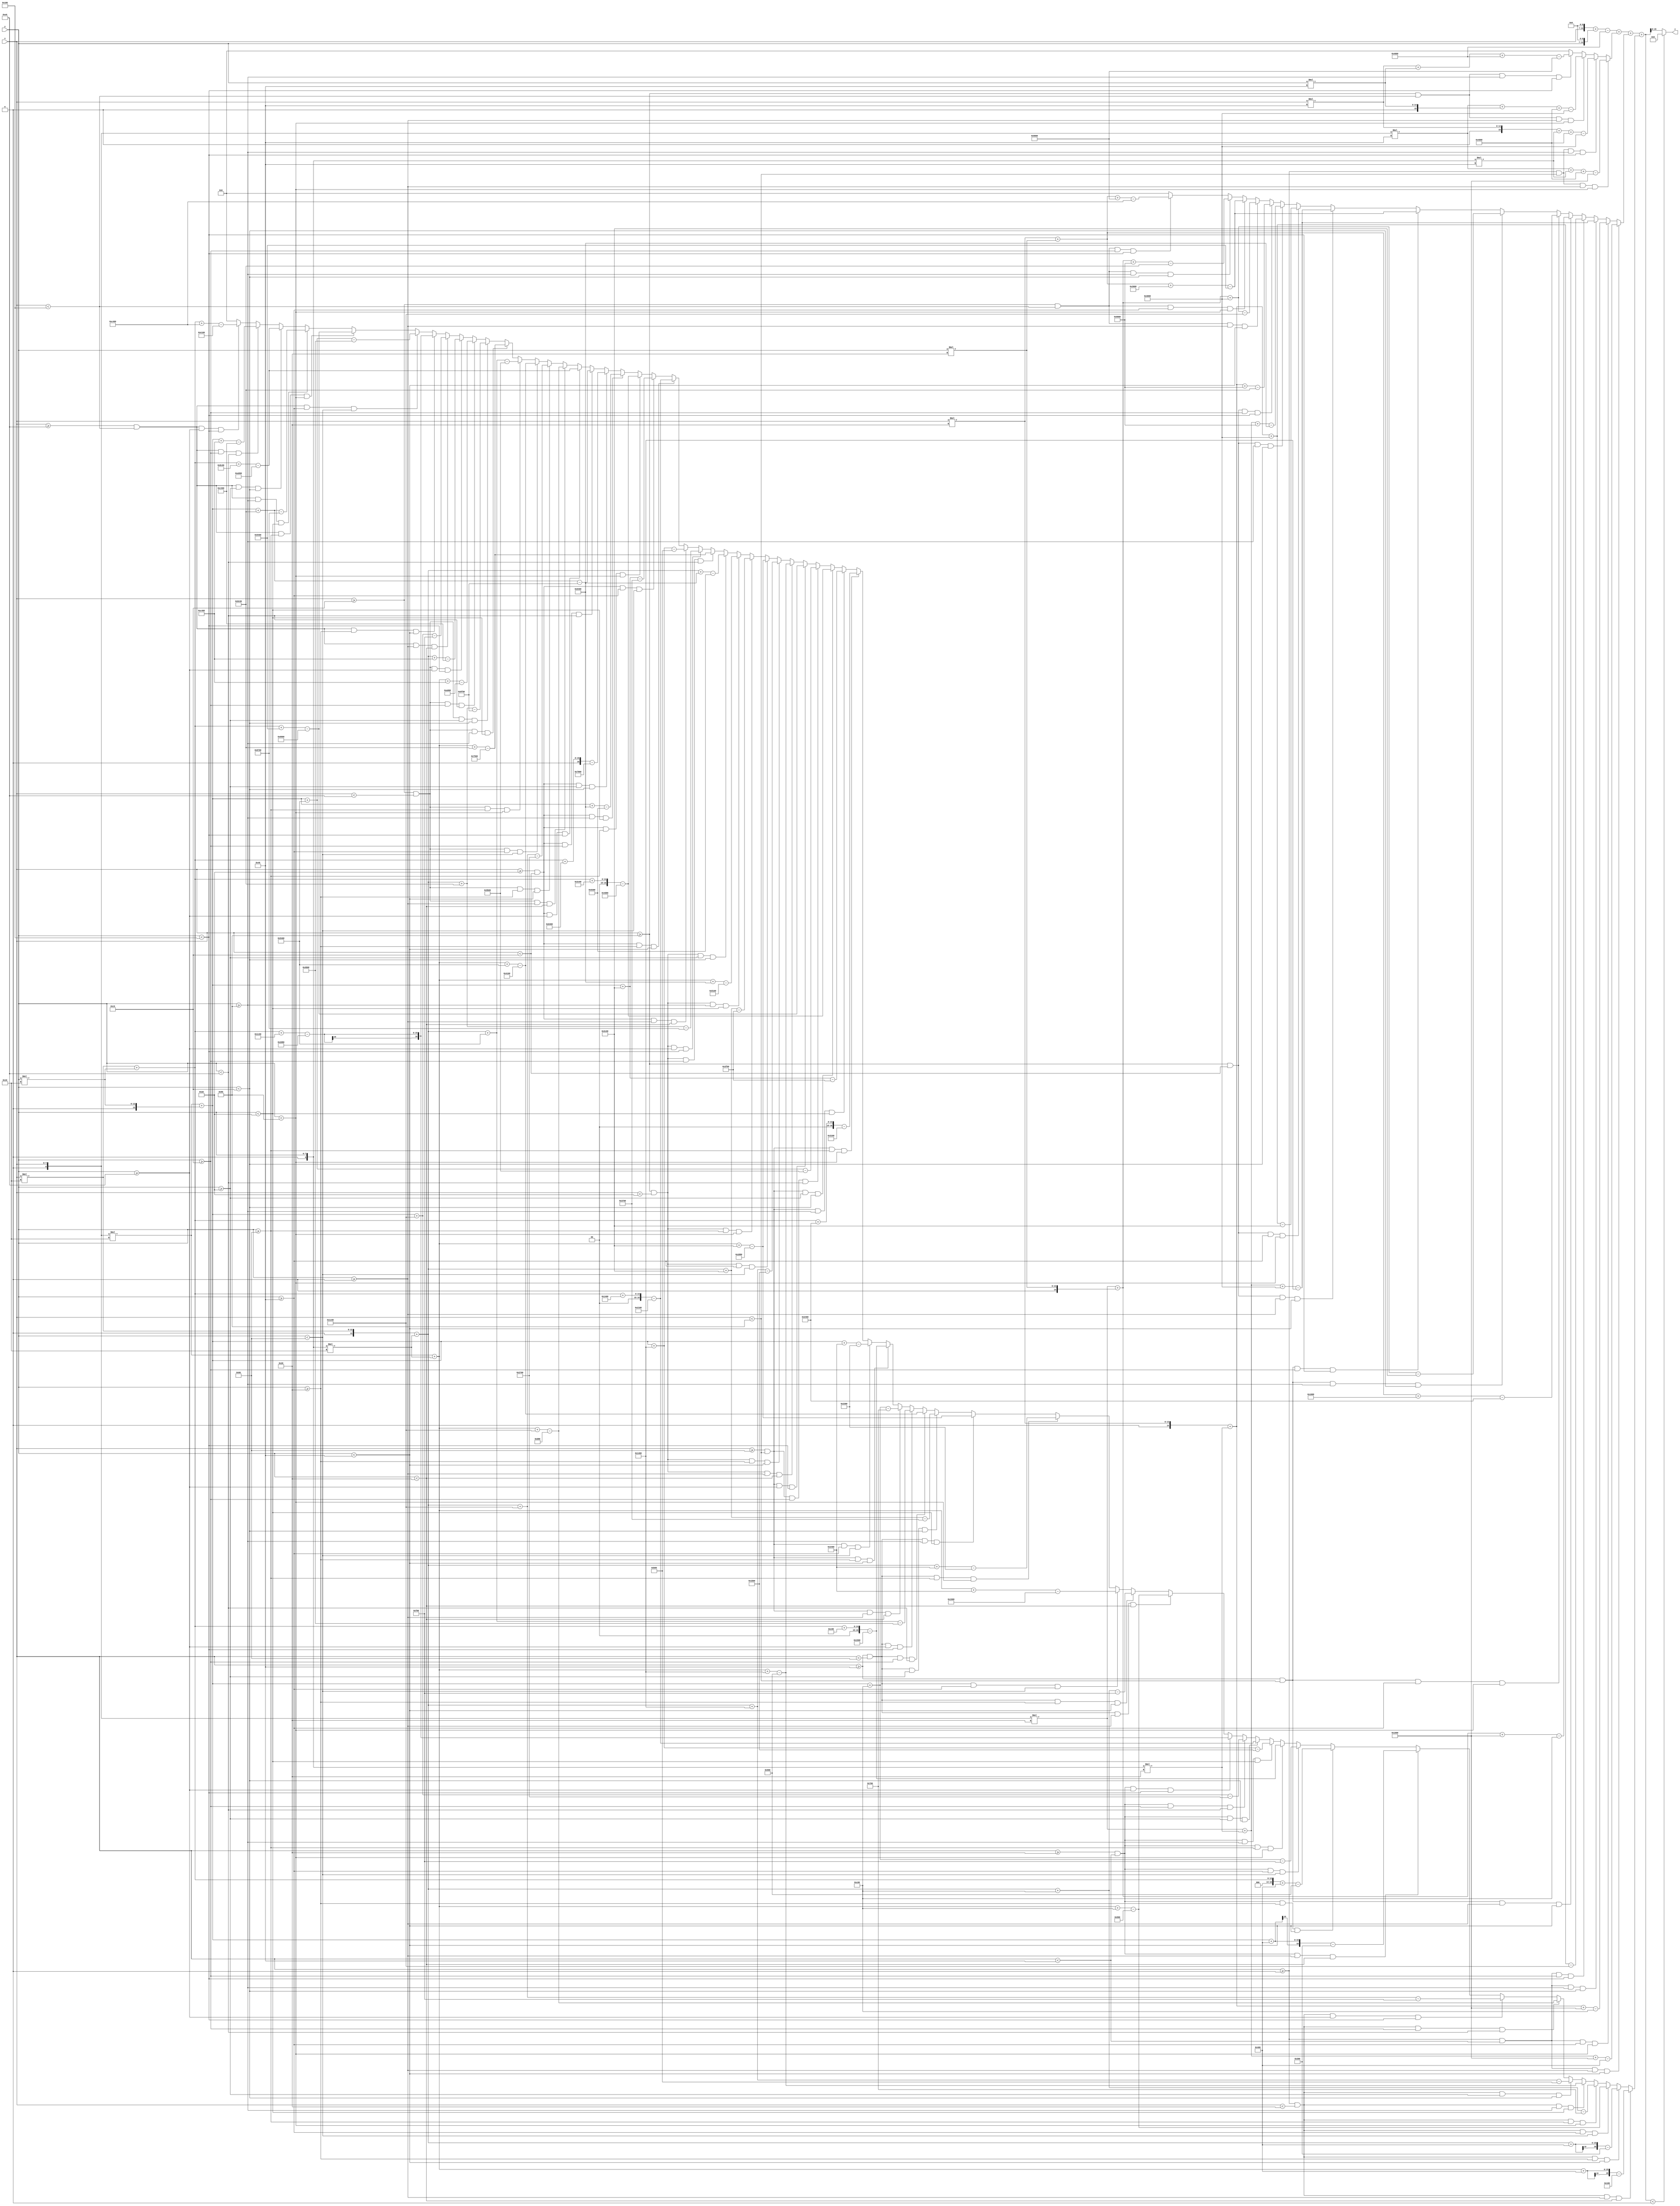
`timescale 1ns/1ps

module optimal3(
    input  [7:0]  x,
    input  [7:0]  y,
    output [15:0] z
);

wire [15:0] x0 = x << 7;
wire [15:0] y0 = y << 7;
wire signed [16:0] z0 = $signed(x0) + $signed(y0) - 16384;

wire [16:0] x_wire = x;
wire [16:0] y_wire = y;

wire signed [16:0] detz1 = (x>=0 && x<128 && y>=0 && y<128)? ($signed(x_wire))*(64-128)+($signed(y_wire))*(64-128)+128*128-64*64
: (x>=0 && x<128 && y>=128 && y<256)? ($signed(x_wire))*(192-128)+($signed(y_wire))*(64-128)+128*128-64*192
: (x>=128 && x<256 && y>=0 && y<128)? ($signed(x_wire))*(64-128)+($signed(y_wire))*(192-128)+128*128-192*64
: (x>=128 && x<256 && y>=128 && y<256)? ($signed(x_wire))*(192-128)+($signed(y_wire))*(192-128)+128*128-192*192
: 0;

wire signed [16:0] detz2 = (x>=0 && x<64 && y>=0 && y<64)? ($signed(x_wire))*(32-64)+($signed(y_wire))*(32-64)+64*64-32*32
: (x>=0 && x<64 && y>=64 && y<128)? ($signed(x_wire))*(96-64)+($signed(y_wire))*(32-64)+64*64-32*96
: (x>=0 && x<64 && y>=128 && y<192)? ($signed(x_wire))*(160-192)+($signed(y_wire))*(32-64)+64*192-32*160
: (x>=0 && x<64 && y>=192 && y<256)? ($signed(x_wire))*(224-192)+($signed(y_wire))*(32-64)+64*192-32*224
: (x>=64 && x<128 && y>=0 && y<64)? ($signed(x_wire))*(32-64)+($signed(y_wire))*(96-64)+64*64-96*32
: (x>=64 && x<128 && y>=64 && y<128)? ($signed(x_wire))*(96-64)+($signed(y_wire))*(96-64)+64*64-96*96
: (x>=64 && x<128 && y>=128 && y<192)? ($signed(x_wire))*(160-192)+($signed(y_wire))*(96-64)+64*192-96*160
: (x>=64 && x<128 && y>=192 && y<256)? ($signed(x_wire))*(224-192)+($signed(y_wire))*(96-64)+64*192-96*224
: (x>=128 && x<192 && y>=0 && y<64)? ($signed(x_wire))*(32-64)+($signed(y_wire))*(160-192)+192*64-160*32
: (x>=128 && x<192 && y>=64 && y<128)? ($signed(x_wire))*(96-64)+($signed(y_wire))*(160-192)+192*64-160*96
: (x>=128 && x<192 && y>=128 && y<192)? ($signed(x_wire))*(160-192)+($signed(y_wire))*(160-192)+192*192-160*160
: (x>=128 && x<192 && y>=192 && y<256)? ($signed(x_wire))*(224-192)+($signed(y_wire))*(160-192)+192*192-160*224
: (x>=192 && x<256 && y>=0 && y<64)? ($signed(x_wire))*(32-64)+($signed(y_wire))*(224-192)+192*64-224*32
: (x>=192 && x<256 && y>=64 && y<128)? ($signed(x_wire))*(96-64)+($signed(y_wire))*(224-192)+192*64-224*96
: (x>=192 && x<256 && y>=128 && y<192)? ($signed(x_wire))*(160-192)+($signed(y_wire))*(224-192)+192*192-224*160
: (x>=192 && x<256 && y>=192 && y<256)? ($signed(x_wire))*(224-192)+($signed(y_wire))*(224-192)+192*192-224*224
: 0;


wire signed [16:0] detz3 = (x>=0 && x<32 && y>=0 && y<32)? ($signed(x_wire))*(16-32)+($signed(y_wire))*(16-32)+32*32-16*16
: (x>=0 && x<32 && y>=32 && y<64)? ($signed(x_wire))*(48-32)+($signed(y_wire))*(16-32)+32*32-16*48
: (x>=0 && x<32 && y>=64 && y<96)? ($signed(x_wire))*(80-96)+($signed(y_wire))*(16-32)+32*96-16*80
: (x>=0 && x<32 && y>=96 && y<128)? ($signed(x_wire))*(112-96)+($signed(y_wire))*(16-32)+32*96-16*112
: (x>=0 && x<32 && y>=128 && y<160)? ($signed(x_wire))*(144-160)+($signed(y_wire))*(16-32)+32*160-16*144
: (x>=0 && x<32 && y>=160 && y<192)? ($signed(x_wire))*(176-160)+($signed(y_wire))*(16-32)+32*160-16*176
: (x>=0 && x<32 && y>=192 && y<224)? ($signed(x_wire))*(208-224)+($signed(y_wire))*(16-32)+32*224-16*208
: (x>=0 && x<32 && y>=224 && y<256)? ($signed(x_wire))*(240-224)+($signed(y_wire))*(16-32)+32*224-16*240
: (x>=32 && x<64 && y>=0 && y<32)? ($signed(x_wire))*(16-32)+($signed(y_wire))*(48-32)+32*32-48*16
: (x>=32 && x<64 && y>=32 && y<64)? ($signed(x_wire))*(48-32)+($signed(y_wire))*(48-32)+32*32-48*48
: (x>=32 && x<64 && y>=64 && y<96)? ($signed(x_wire))*(80-96)+($signed(y_wire))*(48-32)+32*96-48*80
: (x>=32 && x<64 && y>=96 && y<128)? ($signed(x_wire))*(112-96)+($signed(y_wire))*(48-32)+32*96-48*112
: (x>=32 && x<64 && y>=128 && y<160)? ($signed(x_wire))*(144-160)+($signed(y_wire))*(48-32)+32*160-48*144
: (x>=32 && x<64 && y>=160 && y<192)? ($signed(x_wire))*(176-160)+($signed(y_wire))*(48-32)+32*160-48*176
: (x>=32 && x<64 && y>=192 && y<224)? ($signed(x_wire))*(208-224)+($signed(y_wire))*(48-32)+32*224-48*208
: (x>=32 && x<64 && y>=224 && y<256)? ($signed(x_wire))*(240-224)+($signed(y_wire))*(48-32)+32*224-48*240
: (x>=64 && x<96 && y>=0 && y<32)? ($signed(x_wire))*(16-32)+($signed(y_wire))*(80-96)+96*32-80*16
: (x>=64 && x<96 && y>=32 && y<64)? ($signed(x_wire))*(48-32)+($signed(y_wire))*(80-96)+96*32-80*48
: (x>=64 && x<96 && y>=64 && y<96)? ($signed(x_wire))*(80-96)+($signed(y_wire))*(80-96)+96*96-80*80
: (x>=64 && x<96 && y>=96 && y<128)? ($signed(x_wire))*(112-96)+($signed(y_wire))*(80-96)+96*96-80*112
: (x>=64 && x<96 && y>=128 && y<160)? ($signed(x_wire))*(144-160)+($signed(y_wire))*(80-96)+96*160-80*144
: (x>=64 && x<96 && y>=160 && y<192)? ($signed(x_wire))*(176-160)+($signed(y_wire))*(80-96)+96*160-80*176
: (x>=64 && x<96 && y>=192 && y<224)? ($signed(x_wire))*(208-224)+($signed(y_wire))*(80-96)+96*224-80*208
: (x>=64 && x<96 && y>=224 && y<256)? ($signed(x_wire))*(240-224)+($signed(y_wire))*(80-96)+96*224-80*240
: (x>=96 && x<128 && y>=0 && y<32)? ($signed(x_wire))*(16-32)+($signed(y_wire))*(112-96)+96*32-112*16
: (x>=96 && x<128 && y>=32 && y<64)? ($signed(x_wire))*(48-32)+($signed(y_wire))*(112-96)+96*32-112*48
: (x>=96 && x<128 && y>=64 && y<96)? ($signed(x_wire))*(80-96)+($signed(y_wire))*(112-96)+96*96-112*80
: (x>=96 && x<128 && y>=96 && y<128)? ($signed(x_wire))*(112-96)+($signed(y_wire))*(112-96)+96*96-112*112
: (x>=96 && x<128 && y>=128 && y<160)? ($signed(x_wire))*(144-160)+($signed(y_wire))*(112-96)+96*160-112*144
: (x>=96 && x<128 && y>=160 && y<192)? ($signed(x_wire))*(176-160)+($signed(y_wire))*(112-96)+96*160-112*176
: (x>=96 && x<128 && y>=192 && y<224)? ($signed(x_wire))*(208-224)+($signed(y_wire))*(112-96)+96*224-112*208
: (x>=96 && x<128 && y>=224 && y<256)? ($signed(x_wire))*(240-224)+($signed(y_wire))*(112-96)+96*224-112*240
: (x>=128 && x<160 && y>=0 && y<32)? ($signed(x_wire))*(16-32)+($signed(y_wire))*(144-160)+160*32-144*16
: (x>=128 && x<160 && y>=32 && y<64)? ($signed(x_wire))*(48-32)+($signed(y_wire))*(144-160)+160*32-144*48
: (x>=128 && x<160 && y>=64 && y<96)? ($signed(x_wire))*(80-96)+($signed(y_wire))*(144-160)+160*96-144*80
: (x>=128 && x<160 && y>=96 && y<128)? ($signed(x_wire))*(112-96)+($signed(y_wire))*(144-160)+160*96-144*112
: (x>=128 && x<160 && y>=128 && y<160)? ($signed(x_wire))*(144-160)+($signed(y_wire))*(144-160)+160*160-144*144
: (x>=128 && x<160 && y>=160 && y<192)? ($signed(x_wire))*(176-160)+($signed(y_wire))*(144-160)+160*160-144*176
: (x>=128 && x<160 && y>=192 && y<224)? ($signed(x_wire))*(208-224)+($signed(y_wire))*(144-160)+160*224-144*208
: (x>=128 && x<160 && y>=224 && y<256)? ($signed(x_wire))*(240-224)+($signed(y_wire))*(144-160)+160*224-144*240
: (x>=160 && x<192 && y>=0 && y<32)? ($signed(x_wire))*(16-32)+($signed(y_wire))*(176-160)+160*32-176*16
: (x>=160 && x<192 && y>=32 && y<64)? ($signed(x_wire))*(48-32)+($signed(y_wire))*(176-160)+160*32-176*48
: (x>=160 && x<192 && y>=64 && y<96)? ($signed(x_wire))*(80-96)+($signed(y_wire))*(176-160)+160*96-176*80
: (x>=160 && x<192 && y>=96 && y<128)? ($signed(x_wire))*(112-96)+($signed(y_wire))*(176-160)+160*96-176*112
: (x>=160 && x<192 && y>=128 && y<160)? ($signed(x_wire))*(144-160)+($signed(y_wire))*(176-160)+160*160-176*144
: (x>=160 && x<192 && y>=160 && y<192)? ($signed(x_wire))*(176-160)+($signed(y_wire))*(176-160)+160*160-176*176
: (x>=160 && x<192 && y>=192 && y<224)? ($signed(x_wire))*(208-224)+($signed(y_wire))*(176-160)+160*224-176*208
: (x>=160 && x<192 && y>=224 && y<256)? ($signed(x_wire))*(240-224)+($signed(y_wire))*(176-160)+160*224-176*240
: (x>=192 && x<224 && y>=0 && y<32)? ($signed(x_wire))*(16-32)+($signed(y_wire))*(208-224)+224*32-208*16
: (x>=192 && x<224 && y>=32 && y<64)? ($signed(x_wire))*(48-32)+($signed(y_wire))*(208-224)+224*32-208*48
: (x>=192 && x<224 && y>=64 && y<96)? ($signed(x_wire))*(80-96)+($signed(y_wire))*(208-224)+224*96-208*80
: (x>=192 && x<224 && y>=96 && y<128)? ($signed(x_wire))*(112-96)+($signed(y_wire))*(208-224)+224*96-208*112
: (x>=192 && x<224 && y>=128 && y<160)? ($signed(x_wire))*(144-160)+($signed(y_wire))*(208-224)+224*160-208*144
: (x>=192 && x<224 && y>=160 && y<192)? ($signed(x_wire))*(176-160)+($signed(y_wire))*(208-224)+224*160-208*176
: (x>=192 && x<224 && y>=192 && y<224)? ($signed(x_wire))*(208-224)+($signed(y_wire))*(208-224)+224*224-208*208
: (x>=192 && x<224 && y>=224 && y<256)? ($signed(x_wire))*(240-224)+($signed(y_wire))*(208-224)+224*224-208*240
: (x>=224 && x<256 && y>=0 && y<32)? ($signed(x_wire))*(16-32)+($signed(y_wire))*(240-224)+224*32-240*16
: (x>=224 && x<256 && y>=32 && y<64)? ($signed(x_wire))*(48-32)+($signed(y_wire))*(240-224)+224*32-240*48
: (x>=224 && x<256 && y>=64 && y<96)? ($signed(x_wire))*(80-96)+($signed(y_wire))*(240-224)+224*96-240*80
: (x>=224 && x<256 && y>=96 && y<128)? ($signed(x_wire))*(112-96)+($signed(y_wire))*(240-224)+224*96-240*112
: (x>=224 && x<256 && y>=128 && y<160)? ($signed(x_wire))*(144-160)+($signed(y_wire))*(240-224)+224*160-240*144
: (x>=224 && x<256 && y>=160 && y<192)? ($signed(x_wire))*(176-160)+($signed(y_wire))*(240-224)+224*160-240*176
: (x>=224 && x<256 && y>=192 && y<224)? ($signed(x_wire))*(208-224)+($signed(y_wire))*(240-224)+224*224-240*208
: (x>=224 && x<256 && y>=224 && y<256)? ($signed(x_wire))*(240-224)+($signed(y_wire))*(240-224)+224*224-240*240
: 0;

wire signed [16:0] detz4 = (x>=0 && x<16 && y>=0 && y<16)? ($signed(x_wire))*(8-16)+($signed(y_wire))*(8-16)+16*16-8*8
: (x>=0 && x<16 && y>=16 && y<32)? ($signed(x_wire))*(24-16)+($signed(y_wire))*(8-16)+16*16-8*24
: (x>=0 && x<16 && y>=32 && y<48)? ($signed(x_wire))*(40-48)+($signed(y_wire))*(8-16)+16*48-8*40
: (x>=0 && x<16 && y>=48 && y<64)? ($signed(x_wire))*(56-48)+($signed(y_wire))*(8-16)+16*48-8*56
: (x>=0 && x<16 && y>=64 && y<80)? ($signed(x_wire))*(72-80)+($signed(y_wire))*(8-16)+16*80-8*72
: (x>=0 && x<16 && y>=80 && y<96)? ($signed(x_wire))*(88-80)+($signed(y_wire))*(8-16)+16*80-8*88
: (x>=0 && x<16 && y>=96 && y<112)? ($signed(x_wire))*(104-112)+($signed(y_wire))*(8-16)+16*112-8*104
: (x>=0 && x<16 && y>=112 && y<128)? ($signed(x_wire))*(120-112)+($signed(y_wire))*(8-16)+16*112-8*120
: (x>=0 && x<16 && y>=128 && y<144)? ($signed(x_wire))*(136-144)+($signed(y_wire))*(8-16)+16*144-8*136
: (x>=0 && x<16 && y>=144 && y<160)? ($signed(x_wire))*(152-144)+($signed(y_wire))*(8-16)+16*144-8*152
: (x>=0 && x<16 && y>=160 && y<176)? ($signed(x_wire))*(168-176)+($signed(y_wire))*(8-16)+16*176-8*168
: (x>=0 && x<16 && y>=176 && y<192)? ($signed(x_wire))*(184-176)+($signed(y_wire))*(8-16)+16*176-8*184
: (x>=0 && x<16 && y>=192 && y<208)? ($signed(x_wire))*(200-208)+($signed(y_wire))*(8-16)+16*208-8*200
: (x>=0 && x<16 && y>=208 && y<224)? ($signed(x_wire))*(216-208)+($signed(y_wire))*(8-16)+16*208-8*216
: (x>=0 && x<16 && y>=224 && y<240)? ($signed(x_wire))*(232-240)+($signed(y_wire))*(8-16)+16*240-8*232
: (x>=0 && x<16 && y>=240 && y<256)? ($signed(x_wire))*(248-240)+($signed(y_wire))*(8-16)+16*240-8*248
: (x>=16 && x<32 && y>=0 && y<16)? ($signed(x_wire))*(8-16)+($signed(y_wire))*(24-16)+16*16-24*8
: (x>=16 && x<32 && y>=16 && y<32)? ($signed(x_wire))*(24-16)+($signed(y_wire))*(24-16)+16*16-24*24
: (x>=16 && x<32 && y>=32 && y<48)? ($signed(x_wire))*(40-48)+($signed(y_wire))*(24-16)+16*48-24*40
: (x>=16 && x<32 && y>=48 && y<64)? ($signed(x_wire))*(56-48)+($signed(y_wire))*(24-16)+16*48-24*56
: (x>=16 && x<32 && y>=64 && y<80)? ($signed(x_wire))*(72-80)+($signed(y_wire))*(24-16)+16*80-24*72
: (x>=16 && x<32 && y>=80 && y<96)? ($signed(x_wire))*(88-80)+($signed(y_wire))*(24-16)+16*80-24*88
: (x>=16 && x<32 && y>=96 && y<112)? ($signed(x_wire))*(104-112)+($signed(y_wire))*(24-16)+16*112-24*104
: (x>=16 && x<32 && y>=112 && y<128)? ($signed(x_wire))*(120-112)+($signed(y_wire))*(24-16)+16*112-24*120
: (x>=16 && x<32 && y>=128 && y<144)? ($signed(x_wire))*(136-144)+($signed(y_wire))*(24-16)+16*144-24*136
: (x>=16 && x<32 && y>=144 && y<160)? ($signed(x_wire))*(152-144)+($signed(y_wire))*(24-16)+16*144-24*152
: (x>=16 && x<32 && y>=160 && y<176)? ($signed(x_wire))*(168-176)+($signed(y_wire))*(24-16)+16*176-24*168
: (x>=16 && x<32 && y>=176 && y<192)? ($signed(x_wire))*(184-176)+($signed(y_wire))*(24-16)+16*176-24*184
: (x>=16 && x<32 && y>=192 && y<208)? ($signed(x_wire))*(200-208)+($signed(y_wire))*(24-16)+16*208-24*200
: (x>=16 && x<32 && y>=208 && y<224)? ($signed(x_wire))*(216-208)+($signed(y_wire))*(24-16)+16*208-24*216
: (x>=16 && x<32 && y>=224 && y<240)? ($signed(x_wire))*(232-240)+($signed(y_wire))*(24-16)+16*240-24*232
: (x>=16 && x<32 && y>=240 && y<256)? ($signed(x_wire))*(248-240)+($signed(y_wire))*(24-16)+16*240-24*248
: (x>=32 && x<48 && y>=0 && y<16)? ($signed(x_wire))*(8-16)+($signed(y_wire))*(40-48)+48*16-40*8
: (x>=32 && x<48 && y>=16 && y<32)? ($signed(x_wire))*(24-16)+($signed(y_wire))*(40-48)+48*16-40*24
: (x>=32 && x<48 && y>=32 && y<48)? ($signed(x_wire))*(40-48)+($signed(y_wire))*(40-48)+48*48-40*40
: (x>=32 && x<48 && y>=48 && y<64)? ($signed(x_wire))*(56-48)+($signed(y_wire))*(40-48)+48*48-40*56
: (x>=32 && x<48 && y>=64 && y<80)? ($signed(x_wire))*(72-80)+($signed(y_wire))*(40-48)+48*80-40*72
: (x>=32 && x<48 && y>=80 && y<96)? ($signed(x_wire))*(88-80)+($signed(y_wire))*(40-48)+48*80-40*88
: (x>=32 && x<48 && y>=96 && y<112)? ($signed(x_wire))*(104-112)+($signed(y_wire))*(40-48)+48*112-40*104
: (x>=32 && x<48 && y>=112 && y<128)? ($signed(x_wire))*(120-112)+($signed(y_wire))*(40-48)+48*112-40*120
: (x>=32 && x<48 && y>=128 && y<144)? ($signed(x_wire))*(136-144)+($signed(y_wire))*(40-48)+48*144-40*136
: (x>=32 && x<48 && y>=144 && y<160)? ($signed(x_wire))*(152-144)+($signed(y_wire))*(40-48)+48*144-40*152
: (x>=32 && x<48 && y>=160 && y<176)? ($signed(x_wire))*(168-176)+($signed(y_wire))*(40-48)+48*176-40*168
: (x>=32 && x<48 && y>=176 && y<192)? ($signed(x_wire))*(184-176)+($signed(y_wire))*(40-48)+48*176-40*184
: (x>=32 && x<48 && y>=192 && y<208)? ($signed(x_wire))*(200-208)+($signed(y_wire))*(40-48)+48*208-40*200
: (x>=32 && x<48 && y>=208 && y<224)? ($signed(x_wire))*(216-208)+($signed(y_wire))*(40-48)+48*208-40*216
: (x>=32 && x<48 && y>=224 && y<240)? ($signed(x_wire))*(232-240)+($signed(y_wire))*(40-48)+48*240-40*232
: (x>=32 && x<48 && y>=240 && y<256)? ($signed(x_wire))*(248-240)+($signed(y_wire))*(40-48)+48*240-40*248
: (x>=48 && x<64 && y>=0 && y<16)? ($signed(x_wire))*(8-16)+($signed(y_wire))*(56-48)+48*16-56*8
: (x>=48 && x<64 && y>=16 && y<32)? ($signed(x_wire))*(24-16)+($signed(y_wire))*(56-48)+48*16-56*24
: (x>=48 && x<64 && y>=32 && y<48)? ($signed(x_wire))*(40-48)+($signed(y_wire))*(56-48)+48*48-56*40
: (x>=48 && x<64 && y>=48 && y<64)? ($signed(x_wire))*(56-48)+($signed(y_wire))*(56-48)+48*48-56*56
: (x>=48 && x<64 && y>=64 && y<80)? ($signed(x_wire))*(72-80)+($signed(y_wire))*(56-48)+48*80-56*72
: (x>=48 && x<64 && y>=80 && y<96)? ($signed(x_wire))*(88-80)+($signed(y_wire))*(56-48)+48*80-56*88
: (x>=48 && x<64 && y>=96 && y<112)? ($signed(x_wire))*(104-112)+($signed(y_wire))*(56-48)+48*112-56*104
: (x>=48 && x<64 && y>=112 && y<128)? ($signed(x_wire))*(120-112)+($signed(y_wire))*(56-48)+48*112-56*120
: (x>=48 && x<64 && y>=128 && y<144)? ($signed(x_wire))*(136-144)+($signed(y_wire))*(56-48)+48*144-56*136
: (x>=48 && x<64 && y>=144 && y<160)? ($signed(x_wire))*(152-144)+($signed(y_wire))*(56-48)+48*144-56*152
: (x>=48 && x<64 && y>=160 && y<176)? ($signed(x_wire))*(168-176)+($signed(y_wire))*(56-48)+48*176-56*168
: (x>=48 && x<64 && y>=176 && y<192)? ($signed(x_wire))*(184-176)+($signed(y_wire))*(56-48)+48*176-56*184
: (x>=48 && x<64 && y>=192 && y<208)? ($signed(x_wire))*(200-208)+($signed(y_wire))*(56-48)+48*208-56*200
: (x>=48 && x<64 && y>=208 && y<224)? ($signed(x_wire))*(216-208)+($signed(y_wire))*(56-48)+48*208-56*216
: (x>=48 && x<64 && y>=224 && y<240)? ($signed(x_wire))*(232-240)+($signed(y_wire))*(56-48)+48*240-56*232
: (x>=48 && x<64 && y>=240 && y<256)? ($signed(x_wire))*(248-240)+($signed(y_wire))*(56-48)+48*240-56*248
: (x>=64 && x<80 && y>=0 && y<16)? ($signed(x_wire))*(8-16)+($signed(y_wire))*(72-80)+80*16-72*8
: (x>=64 && x<80 && y>=16 && y<32)? ($signed(x_wire))*(24-16)+($signed(y_wire))*(72-80)+80*16-72*24
: (x>=64 && x<80 && y>=32 && y<48)? ($signed(x_wire))*(40-48)+($signed(y_wire))*(72-80)+80*48-72*40
: (x>=64 && x<80 && y>=48 && y<64)? ($signed(x_wire))*(56-48)+($signed(y_wire))*(72-80)+80*48-72*56
: (x>=64 && x<80 && y>=64 && y<80)? ($signed(x_wire))*(72-80)+($signed(y_wire))*(72-80)+80*80-72*72
: (x>=64 && x<80 && y>=80 && y<96)? ($signed(x_wire))*(88-80)+($signed(y_wire))*(72-80)+80*80-72*88
: (x>=64 && x<80 && y>=96 && y<112)? ($signed(x_wire))*(104-112)+($signed(y_wire))*(72-80)+80*112-72*104
: (x>=64 && x<80 && y>=112 && y<128)? ($signed(x_wire))*(120-112)+($signed(y_wire))*(72-80)+80*112-72*120
: (x>=64 && x<80 && y>=128 && y<144)? ($signed(x_wire))*(136-144)+($signed(y_wire))*(72-80)+80*144-72*136
: (x>=64 && x<80 && y>=144 && y<160)? ($signed(x_wire))*(152-144)+($signed(y_wire))*(72-80)+80*144-72*152
: (x>=64 && x<80 && y>=160 && y<176)? ($signed(x_wire))*(168-176)+($signed(y_wire))*(72-80)+80*176-72*168
: (x>=64 && x<80 && y>=176 && y<192)? ($signed(x_wire))*(184-176)+($signed(y_wire))*(72-80)+80*176-72*184
: (x>=64 && x<80 && y>=192 && y<208)? ($signed(x_wire))*(200-208)+($signed(y_wire))*(72-80)+80*208-72*200
: (x>=64 && x<80 && y>=208 && y<224)? ($signed(x_wire))*(216-208)+($signed(y_wire))*(72-80)+80*208-72*216
: (x>=64 && x<80 && y>=224 && y<240)? ($signed(x_wire))*(232-240)+($signed(y_wire))*(72-80)+80*240-72*232
: (x>=64 && x<80 && y>=240 && y<256)? ($signed(x_wire))*(248-240)+($signed(y_wire))*(72-80)+80*240-72*248
: (x>=80 && x<96 && y>=0 && y<16)? ($signed(x_wire))*(8-16)+($signed(y_wire))*(88-80)+80*16-88*8
: (x>=80 && x<96 && y>=16 && y<32)? ($signed(x_wire))*(24-16)+($signed(y_wire))*(88-80)+80*16-88*24
: (x>=80 && x<96 && y>=32 && y<48)? ($signed(x_wire))*(40-48)+($signed(y_wire))*(88-80)+80*48-88*40
: (x>=80 && x<96 && y>=48 && y<64)? ($signed(x_wire))*(56-48)+($signed(y_wire))*(88-80)+80*48-88*56
: (x>=80 && x<96 && y>=64 && y<80)? ($signed(x_wire))*(72-80)+($signed(y_wire))*(88-80)+80*80-88*72
: (x>=80 && x<96 && y>=80 && y<96)? ($signed(x_wire))*(88-80)+($signed(y_wire))*(88-80)+80*80-88*88
: (x>=80 && x<96 && y>=96 && y<112)? ($signed(x_wire))*(104-112)+($signed(y_wire))*(88-80)+80*112-88*104
: (x>=80 && x<96 && y>=112 && y<128)? ($signed(x_wire))*(120-112)+($signed(y_wire))*(88-80)+80*112-88*120
: (x>=80 && x<96 && y>=128 && y<144)? ($signed(x_wire))*(136-144)+($signed(y_wire))*(88-80)+80*144-88*136
: (x>=80 && x<96 && y>=144 && y<160)? ($signed(x_wire))*(152-144)+($signed(y_wire))*(88-80)+80*144-88*152
: (x>=80 && x<96 && y>=160 && y<176)? ($signed(x_wire))*(168-176)+($signed(y_wire))*(88-80)+80*176-88*168
: (x>=80 && x<96 && y>=176 && y<192)? ($signed(x_wire))*(184-176)+($signed(y_wire))*(88-80)+80*176-88*184
: (x>=80 && x<96 && y>=192 && y<208)? ($signed(x_wire))*(200-208)+($signed(y_wire))*(88-80)+80*208-88*200
: (x>=80 && x<96 && y>=208 && y<224)? ($signed(x_wire))*(216-208)+($signed(y_wire))*(88-80)+80*208-88*216
: (x>=80 && x<96 && y>=224 && y<240)? ($signed(x_wire))*(232-240)+($signed(y_wire))*(88-80)+80*240-88*232
: (x>=80 && x<96 && y>=240 && y<256)? ($signed(x_wire))*(248-240)+($signed(y_wire))*(88-80)+80*240-88*248
: (x>=96 && x<112 && y>=0 && y<16)? ($signed(x_wire))*(8-16)+($signed(y_wire))*(104-112)+112*16-104*8
: (x>=96 && x<112 && y>=16 && y<32)? ($signed(x_wire))*(24-16)+($signed(y_wire))*(104-112)+112*16-104*24
: (x>=96 && x<112 && y>=32 && y<48)? ($signed(x_wire))*(40-48)+($signed(y_wire))*(104-112)+112*48-104*40
: (x>=96 && x<112 && y>=48 && y<64)? ($signed(x_wire))*(56-48)+($signed(y_wire))*(104-112)+112*48-104*56
: (x>=96 && x<112 && y>=64 && y<80)? ($signed(x_wire))*(72-80)+($signed(y_wire))*(104-112)+112*80-104*72
: (x>=96 && x<112 && y>=80 && y<96)? ($signed(x_wire))*(88-80)+($signed(y_wire))*(104-112)+112*80-104*88
: (x>=96 && x<112 && y>=96 && y<112)? ($signed(x_wire))*(104-112)+($signed(y_wire))*(104-112)+112*112-104*104
: (x>=96 && x<112 && y>=112 && y<128)? ($signed(x_wire))*(120-112)+($signed(y_wire))*(104-112)+112*112-104*120
: (x>=96 && x<112 && y>=128 && y<144)? ($signed(x_wire))*(136-144)+($signed(y_wire))*(104-112)+112*144-104*136
: (x>=96 && x<112 && y>=144 && y<160)? ($signed(x_wire))*(152-144)+($signed(y_wire))*(104-112)+112*144-104*152
: (x>=96 && x<112 && y>=160 && y<176)? ($signed(x_wire))*(168-176)+($signed(y_wire))*(104-112)+112*176-104*168
: (x>=96 && x<112 && y>=176 && y<192)? ($signed(x_wire))*(184-176)+($signed(y_wire))*(104-112)+112*176-104*184
: (x>=96 && x<112 && y>=192 && y<208)? ($signed(x_wire))*(200-208)+($signed(y_wire))*(104-112)+112*208-104*200
: (x>=96 && x<112 && y>=208 && y<224)? ($signed(x_wire))*(216-208)+($signed(y_wire))*(104-112)+112*208-104*216
: (x>=96 && x<112 && y>=224 && y<240)? ($signed(x_wire))*(232-240)+($signed(y_wire))*(104-112)+112*240-104*232
: (x>=96 && x<112 && y>=240 && y<256)? ($signed(x_wire))*(248-240)+($signed(y_wire))*(104-112)+112*240-104*248
: (x>=112 && x<128 && y>=0 && y<16)? ($signed(x_wire))*(8-16)+($signed(y_wire))*(120-112)+112*16-120*8
: (x>=112 && x<128 && y>=16 && y<32)? ($signed(x_wire))*(24-16)+($signed(y_wire))*(120-112)+112*16-120*24
: (x>=112 && x<128 && y>=32 && y<48)? ($signed(x_wire))*(40-48)+($signed(y_wire))*(120-112)+112*48-120*40
: (x>=112 && x<128 && y>=48 && y<64)? ($signed(x_wire))*(56-48)+($signed(y_wire))*(120-112)+112*48-120*56
: (x>=112 && x<128 && y>=64 && y<80)? ($signed(x_wire))*(72-80)+($signed(y_wire))*(120-112)+112*80-120*72
: (x>=112 && x<128 && y>=80 && y<96)? ($signed(x_wire))*(88-80)+($signed(y_wire))*(120-112)+112*80-120*88
: (x>=112 && x<128 && y>=96 && y<112)? ($signed(x_wire))*(104-112)+($signed(y_wire))*(120-112)+112*112-120*104
: (x>=112 && x<128 && y>=112 && y<128)? ($signed(x_wire))*(120-112)+($signed(y_wire))*(120-112)+112*112-120*120
: (x>=112 && x<128 && y>=128 && y<144)? ($signed(x_wire))*(136-144)+($signed(y_wire))*(120-112)+112*144-120*136
: (x>=112 && x<128 && y>=144 && y<160)? ($signed(x_wire))*(152-144)+($signed(y_wire))*(120-112)+112*144-120*152
: (x>=112 && x<128 && y>=160 && y<176)? ($signed(x_wire))*(168-176)+($signed(y_wire))*(120-112)+112*176-120*168
: (x>=112 && x<128 && y>=176 && y<192)? ($signed(x_wire))*(184-176)+($signed(y_wire))*(120-112)+112*176-120*184
: (x>=112 && x<128 && y>=192 && y<208)? ($signed(x_wire))*(200-208)+($signed(y_wire))*(120-112)+112*208-120*200
: (x>=112 && x<128 && y>=208 && y<224)? ($signed(x_wire))*(216-208)+($signed(y_wire))*(120-112)+112*208-120*216
: (x>=112 && x<128 && y>=224 && y<240)? ($signed(x_wire))*(232-240)+($signed(y_wire))*(120-112)+112*240-120*232
: (x>=112 && x<128 && y>=240 && y<256)? ($signed(x_wire))*(248-240)+($signed(y_wire))*(120-112)+112*240-120*248
: (x>=128 && x<144 && y>=0 && y<16)? ($signed(x_wire))*(8-16)+($signed(y_wire))*(136-144)+144*16-136*8
: (x>=128 && x<144 && y>=16 && y<32)? ($signed(x_wire))*(24-16)+($signed(y_wire))*(136-144)+144*16-136*24
: (x>=128 && x<144 && y>=32 && y<48)? ($signed(x_wire))*(40-48)+($signed(y_wire))*(136-144)+144*48-136*40
: (x>=128 && x<144 && y>=48 && y<64)? ($signed(x_wire))*(56-48)+($signed(y_wire))*(136-144)+144*48-136*56
: (x>=128 && x<144 && y>=64 && y<80)? ($signed(x_wire))*(72-80)+($signed(y_wire))*(136-144)+144*80-136*72
: (x>=128 && x<144 && y>=80 && y<96)? ($signed(x_wire))*(88-80)+($signed(y_wire))*(136-144)+144*80-136*88
: (x>=128 && x<144 && y>=96 && y<112)? ($signed(x_wire))*(104-112)+($signed(y_wire))*(136-144)+144*112-136*104
: (x>=128 && x<144 && y>=112 && y<128)? ($signed(x_wire))*(120-112)+($signed(y_wire))*(136-144)+144*112-136*120
: (x>=128 && x<144 && y>=128 && y<144)? ($signed(x_wire))*(136-144)+($signed(y_wire))*(136-144)+144*144-136*136
: (x>=128 && x<144 && y>=144 && y<160)? ($signed(x_wire))*(152-144)+($signed(y_wire))*(136-144)+144*144-136*152
: (x>=128 && x<144 && y>=160 && y<176)? ($signed(x_wire))*(168-176)+($signed(y_wire))*(136-144)+144*176-136*168
: (x>=128 && x<144 && y>=176 && y<192)? ($signed(x_wire))*(184-176)+($signed(y_wire))*(136-144)+144*176-136*184
: (x>=128 && x<144 && y>=192 && y<208)? ($signed(x_wire))*(200-208)+($signed(y_wire))*(136-144)+144*208-136*200
: (x>=128 && x<144 && y>=208 && y<224)? ($signed(x_wire))*(216-208)+($signed(y_wire))*(136-144)+144*208-136*216
: (x>=128 && x<144 && y>=224 && y<240)? ($signed(x_wire))*(232-240)+($signed(y_wire))*(136-144)+144*240-136*232
: (x>=128 && x<144 && y>=240 && y<256)? ($signed(x_wire))*(248-240)+($signed(y_wire))*(136-144)+144*240-136*248
: (x>=144 && x<160 && y>=0 && y<16)? ($signed(x_wire))*(8-16)+($signed(y_wire))*(152-144)+144*16-152*8
: (x>=144 && x<160 && y>=16 && y<32)? ($signed(x_wire))*(24-16)+($signed(y_wire))*(152-144)+144*16-152*24
: (x>=144 && x<160 && y>=32 && y<48)? ($signed(x_wire))*(40-48)+($signed(y_wire))*(152-144)+144*48-152*40
: (x>=144 && x<160 && y>=48 && y<64)? ($signed(x_wire))*(56-48)+($signed(y_wire))*(152-144)+144*48-152*56
: (x>=144 && x<160 && y>=64 && y<80)? ($signed(x_wire))*(72-80)+($signed(y_wire))*(152-144)+144*80-152*72
: (x>=144 && x<160 && y>=80 && y<96)? ($signed(x_wire))*(88-80)+($signed(y_wire))*(152-144)+144*80-152*88
: (x>=144 && x<160 && y>=96 && y<112)? ($signed(x_wire))*(104-112)+($signed(y_wire))*(152-144)+144*112-152*104
: (x>=144 && x<160 && y>=112 && y<128)? ($signed(x_wire))*(120-112)+($signed(y_wire))*(152-144)+144*112-152*120
: (x>=144 && x<160 && y>=128 && y<144)? ($signed(x_wire))*(136-144)+($signed(y_wire))*(152-144)+144*144-152*136
: (x>=144 && x<160 && y>=144 && y<160)? ($signed(x_wire))*(152-144)+($signed(y_wire))*(152-144)+144*144-152*152
: (x>=144 && x<160 && y>=160 && y<176)? ($signed(x_wire))*(168-176)+($signed(y_wire))*(152-144)+144*176-152*168
: (x>=144 && x<160 && y>=176 && y<192)? ($signed(x_wire))*(184-176)+($signed(y_wire))*(152-144)+144*176-152*184
: (x>=144 && x<160 && y>=192 && y<208)? ($signed(x_wire))*(200-208)+($signed(y_wire))*(152-144)+144*208-152*200
: (x>=144 && x<160 && y>=208 && y<224)? ($signed(x_wire))*(216-208)+($signed(y_wire))*(152-144)+144*208-152*216
: (x>=144 && x<160 && y>=224 && y<240)? ($signed(x_wire))*(232-240)+($signed(y_wire))*(152-144)+144*240-152*232
: (x>=144 && x<160 && y>=240 && y<256)? ($signed(x_wire))*(248-240)+($signed(y_wire))*(152-144)+144*240-152*248
: (x>=160 && x<176 && y>=0 && y<16)? ($signed(x_wire))*(8-16)+($signed(y_wire))*(168-176)+176*16-168*8
: (x>=160 && x<176 && y>=16 && y<32)? ($signed(x_wire))*(24-16)+($signed(y_wire))*(168-176)+176*16-168*24
: (x>=160 && x<176 && y>=32 && y<48)? ($signed(x_wire))*(40-48)+($signed(y_wire))*(168-176)+176*48-168*40
: (x>=160 && x<176 && y>=48 && y<64)? ($signed(x_wire))*(56-48)+($signed(y_wire))*(168-176)+176*48-168*56
: (x>=160 && x<176 && y>=64 && y<80)? ($signed(x_wire))*(72-80)+($signed(y_wire))*(168-176)+176*80-168*72
: (x>=160 && x<176 && y>=80 && y<96)? ($signed(x_wire))*(88-80)+($signed(y_wire))*(168-176)+176*80-168*88
: (x>=160 && x<176 && y>=96 && y<112)? ($signed(x_wire))*(104-112)+($signed(y_wire))*(168-176)+176*112-168*104
: (x>=160 && x<176 && y>=112 && y<128)? ($signed(x_wire))*(120-112)+($signed(y_wire))*(168-176)+176*112-168*120
: (x>=160 && x<176 && y>=128 && y<144)? ($signed(x_wire))*(136-144)+($signed(y_wire))*(168-176)+176*144-168*136
: (x>=160 && x<176 && y>=144 && y<160)? ($signed(x_wire))*(152-144)+($signed(y_wire))*(168-176)+176*144-168*152
: (x>=160 && x<176 && y>=160 && y<176)? ($signed(x_wire))*(168-176)+($signed(y_wire))*(168-176)+176*176-168*168
: (x>=160 && x<176 && y>=176 && y<192)? ($signed(x_wire))*(184-176)+($signed(y_wire))*(168-176)+176*176-168*184
: (x>=160 && x<176 && y>=192 && y<208)? ($signed(x_wire))*(200-208)+($signed(y_wire))*(168-176)+176*208-168*200
: (x>=160 && x<176 && y>=208 && y<224)? ($signed(x_wire))*(216-208)+($signed(y_wire))*(168-176)+176*208-168*216
: (x>=160 && x<176 && y>=224 && y<240)? ($signed(x_wire))*(232-240)+($signed(y_wire))*(168-176)+176*240-168*232
: (x>=160 && x<176 && y>=240 && y<256)? ($signed(x_wire))*(248-240)+($signed(y_wire))*(168-176)+176*240-168*248
: (x>=176 && x<192 && y>=0 && y<16)? ($signed(x_wire))*(8-16)+($signed(y_wire))*(184-176)+176*16-184*8
: (x>=176 && x<192 && y>=16 && y<32)? ($signed(x_wire))*(24-16)+($signed(y_wire))*(184-176)+176*16-184*24
: (x>=176 && x<192 && y>=32 && y<48)? ($signed(x_wire))*(40-48)+($signed(y_wire))*(184-176)+176*48-184*40
: (x>=176 && x<192 && y>=48 && y<64)? ($signed(x_wire))*(56-48)+($signed(y_wire))*(184-176)+176*48-184*56
: (x>=176 && x<192 && y>=64 && y<80)? ($signed(x_wire))*(72-80)+($signed(y_wire))*(184-176)+176*80-184*72
: (x>=176 && x<192 && y>=80 && y<96)? ($signed(x_wire))*(88-80)+($signed(y_wire))*(184-176)+176*80-184*88
: (x>=176 && x<192 && y>=96 && y<112)? ($signed(x_wire))*(104-112)+($signed(y_wire))*(184-176)+176*112-184*104
: (x>=176 && x<192 && y>=112 && y<128)? ($signed(x_wire))*(120-112)+($signed(y_wire))*(184-176)+176*112-184*120
: (x>=176 && x<192 && y>=128 && y<144)? ($signed(x_wire))*(136-144)+($signed(y_wire))*(184-176)+176*144-184*136
: (x>=176 && x<192 && y>=144 && y<160)? ($signed(x_wire))*(152-144)+($signed(y_wire))*(184-176)+176*144-184*152
: (x>=176 && x<192 && y>=160 && y<176)? ($signed(x_wire))*(168-176)+($signed(y_wire))*(184-176)+176*176-184*168
: (x>=176 && x<192 && y>=176 && y<192)? ($signed(x_wire))*(184-176)+($signed(y_wire))*(184-176)+176*176-184*184
: (x>=176 && x<192 && y>=192 && y<208)? ($signed(x_wire))*(200-208)+($signed(y_wire))*(184-176)+176*208-184*200
: (x>=176 && x<192 && y>=208 && y<224)? ($signed(x_wire))*(216-208)+($signed(y_wire))*(184-176)+176*208-184*216
: (x>=176 && x<192 && y>=224 && y<240)? ($signed(x_wire))*(232-240)+($signed(y_wire))*(184-176)+176*240-184*232
: (x>=176 && x<192 && y>=240 && y<256)? ($signed(x_wire))*(248-240)+($signed(y_wire))*(184-176)+176*240-184*248
: (x>=192 && x<208 && y>=0 && y<16)? ($signed(x_wire))*(8-16)+($signed(y_wire))*(200-208)+208*16-200*8
: (x>=192 && x<208 && y>=16 && y<32)? ($signed(x_wire))*(24-16)+($signed(y_wire))*(200-208)+208*16-200*24
: (x>=192 && x<208 && y>=32 && y<48)? ($signed(x_wire))*(40-48)+($signed(y_wire))*(200-208)+208*48-200*40
: (x>=192 && x<208 && y>=48 && y<64)? ($signed(x_wire))*(56-48)+($signed(y_wire))*(200-208)+208*48-200*56
: (x>=192 && x<208 && y>=64 && y<80)? ($signed(x_wire))*(72-80)+($signed(y_wire))*(200-208)+208*80-200*72
: (x>=192 && x<208 && y>=80 && y<96)? ($signed(x_wire))*(88-80)+($signed(y_wire))*(200-208)+208*80-200*88
: (x>=192 && x<208 && y>=96 && y<112)? ($signed(x_wire))*(104-112)+($signed(y_wire))*(200-208)+208*112-200*104
: (x>=192 && x<208 && y>=112 && y<128)? ($signed(x_wire))*(120-112)+($signed(y_wire))*(200-208)+208*112-200*120
: (x>=192 && x<208 && y>=128 && y<144)? ($signed(x_wire))*(136-144)+($signed(y_wire))*(200-208)+208*144-200*136
: (x>=192 && x<208 && y>=144 && y<160)? ($signed(x_wire))*(152-144)+($signed(y_wire))*(200-208)+208*144-200*152
: (x>=192 && x<208 && y>=160 && y<176)? ($signed(x_wire))*(168-176)+($signed(y_wire))*(200-208)+208*176-200*168
: (x>=192 && x<208 && y>=176 && y<192)? ($signed(x_wire))*(184-176)+($signed(y_wire))*(200-208)+208*176-200*184
: (x>=192 && x<208 && y>=192 && y<208)? ($signed(x_wire))*(200-208)+($signed(y_wire))*(200-208)+208*208-200*200
: (x>=192 && x<208 && y>=208 && y<224)? ($signed(x_wire))*(216-208)+($signed(y_wire))*(200-208)+208*208-200*216
: (x>=192 && x<208 && y>=224 && y<240)? ($signed(x_wire))*(232-240)+($signed(y_wire))*(200-208)+208*240-200*232
: (x>=192 && x<208 && y>=240 && y<256)? ($signed(x_wire))*(248-240)+($signed(y_wire))*(200-208)+208*240-200*248
: (x>=208 && x<224 && y>=0 && y<16)? ($signed(x_wire))*(8-16)+($signed(y_wire))*(216-208)+208*16-216*8
: (x>=208 && x<224 && y>=16 && y<32)? ($signed(x_wire))*(24-16)+($signed(y_wire))*(216-208)+208*16-216*24
: (x>=208 && x<224 && y>=32 && y<48)? ($signed(x_wire))*(40-48)+($signed(y_wire))*(216-208)+208*48-216*40
: (x>=208 && x<224 && y>=48 && y<64)? ($signed(x_wire))*(56-48)+($signed(y_wire))*(216-208)+208*48-216*56
: (x>=208 && x<224 && y>=64 && y<80)? ($signed(x_wire))*(72-80)+($signed(y_wire))*(216-208)+208*80-216*72
: (x>=208 && x<224 && y>=80 && y<96)? ($signed(x_wire))*(88-80)+($signed(y_wire))*(216-208)+208*80-216*88
: (x>=208 && x<224 && y>=96 && y<112)? ($signed(x_wire))*(104-112)+($signed(y_wire))*(216-208)+208*112-216*104
: (x>=208 && x<224 && y>=112 && y<128)? ($signed(x_wire))*(120-112)+($signed(y_wire))*(216-208)+208*112-216*120
: (x>=208 && x<224 && y>=128 && y<144)? ($signed(x_wire))*(136-144)+($signed(y_wire))*(216-208)+208*144-216*136
: (x>=208 && x<224 && y>=144 && y<160)? ($signed(x_wire))*(152-144)+($signed(y_wire))*(216-208)+208*144-216*152
: (x>=208 && x<224 && y>=160 && y<176)? ($signed(x_wire))*(168-176)+($signed(y_wire))*(216-208)+208*176-216*168
: (x>=208 && x<224 && y>=176 && y<192)? ($signed(x_wire))*(184-176)+($signed(y_wire))*(216-208)+208*176-216*184
: (x>=208 && x<224 && y>=192 && y<208)? ($signed(x_wire))*(200-208)+($signed(y_wire))*(216-208)+208*208-216*200
: (x>=208 && x<224 && y>=208 && y<224)? ($signed(x_wire))*(216-208)+($signed(y_wire))*(216-208)+208*208-216*216
: (x>=208 && x<224 && y>=224 && y<240)? ($signed(x_wire))*(232-240)+($signed(y_wire))*(216-208)+208*240-216*232
: (x>=208 && x<224 && y>=240 && y<256)? ($signed(x_wire))*(248-240)+($signed(y_wire))*(216-208)+208*240-216*248
: (x>=224 && x<240 && y>=0 && y<16)? ($signed(x_wire))*(8-16)+($signed(y_wire))*(232-240)+240*16-232*8
: (x>=224 && x<240 && y>=16 && y<32)? ($signed(x_wire))*(24-16)+($signed(y_wire))*(232-240)+240*16-232*24
: (x>=224 && x<240 && y>=32 && y<48)? ($signed(x_wire))*(40-48)+($signed(y_wire))*(232-240)+240*48-232*40
: (x>=224 && x<240 && y>=48 && y<64)? ($signed(x_wire))*(56-48)+($signed(y_wire))*(232-240)+240*48-232*56
: (x>=224 && x<240 && y>=64 && y<80)? ($signed(x_wire))*(72-80)+($signed(y_wire))*(232-240)+240*80-232*72
: (x>=224 && x<240 && y>=80 && y<96)? ($signed(x_wire))*(88-80)+($signed(y_wire))*(232-240)+240*80-232*88
: (x>=224 && x<240 && y>=96 && y<112)? ($signed(x_wire))*(104-112)+($signed(y_wire))*(232-240)+240*112-232*104
: (x>=224 && x<240 && y>=112 && y<128)? ($signed(x_wire))*(120-112)+($signed(y_wire))*(232-240)+240*112-232*120
: (x>=224 && x<240 && y>=128 && y<144)? ($signed(x_wire))*(136-144)+($signed(y_wire))*(232-240)+240*144-232*136
: (x>=224 && x<240 && y>=144 && y<160)? ($signed(x_wire))*(152-144)+($signed(y_wire))*(232-240)+240*144-232*152
: (x>=224 && x<240 && y>=160 && y<176)? ($signed(x_wire))*(168-176)+($signed(y_wire))*(232-240)+240*176-232*168
: (x>=224 && x<240 && y>=176 && y<192)? ($signed(x_wire))*(184-176)+($signed(y_wire))*(232-240)+240*176-232*184
: (x>=224 && x<240 && y>=192 && y<208)? ($signed(x_wire))*(200-208)+($signed(y_wire))*(232-240)+240*208-232*200
: (x>=224 && x<240 && y>=208 && y<224)? ($signed(x_wire))*(216-208)+($signed(y_wire))*(232-240)+240*208-232*216
: (x>=224 && x<240 && y>=224 && y<240)? ($signed(x_wire))*(232-240)+($signed(y_wire))*(232-240)+240*240-232*232
: (x>=224 && x<240 && y>=240 && y<256)? ($signed(x_wire))*(248-240)+($signed(y_wire))*(232-240)+240*240-232*248
: (x>=240 && x<256 && y>=0 && y<16)? ($signed(x_wire))*(8-16)+($signed(y_wire))*(248-240)+240*16-248*8
: (x>=240 && x<256 && y>=16 && y<32)? ($signed(x_wire))*(24-16)+($signed(y_wire))*(248-240)+240*16-248*24
: (x>=240 && x<256 && y>=32 && y<48)? ($signed(x_wire))*(40-48)+($signed(y_wire))*(248-240)+240*48-248*40
: (x>=240 && x<256 && y>=48 && y<64)? ($signed(x_wire))*(56-48)+($signed(y_wire))*(248-240)+240*48-248*56
: (x>=240 && x<256 && y>=64 && y<80)? ($signed(x_wire))*(72-80)+($signed(y_wire))*(248-240)+240*80-248*72
: (x>=240 && x<256 && y>=80 && y<96)? ($signed(x_wire))*(88-80)+($signed(y_wire))*(248-240)+240*80-248*88
: (x>=240 && x<256 && y>=96 && y<112)? ($signed(x_wire))*(104-112)+($signed(y_wire))*(248-240)+240*112-248*104
: (x>=240 && x<256 && y>=112 && y<128)? ($signed(x_wire))*(120-112)+($signed(y_wire))*(248-240)+240*112-248*120
: (x>=240 && x<256 && y>=128 && y<144)? ($signed(x_wire))*(136-144)+($signed(y_wire))*(248-240)+240*144-248*136
: (x>=240 && x<256 && y>=144 && y<160)? ($signed(x_wire))*(152-144)+($signed(y_wire))*(248-240)+240*144-248*152
: (x>=240 && x<256 && y>=160 && y<176)? ($signed(x_wire))*(168-176)+($signed(y_wire))*(248-240)+240*176-248*168
: (x>=240 && x<256 && y>=176 && y<192)? ($signed(x_wire))*(184-176)+($signed(y_wire))*(248-240)+240*176-248*184
: (x>=240 && x<256 && y>=192 && y<208)? ($signed(x_wire))*(200-208)+($signed(y_wire))*(248-240)+240*208-248*200
: (x>=240 && x<256 && y>=208 && y<224)? ($signed(x_wire))*(216-208)+($signed(y_wire))*(248-240)+240*208-248*216
: (x>=240 && x<256 && y>=224 && y<240)? ($signed(x_wire))*(232-240)+($signed(y_wire))*(248-240)+240*240-248*232
: (x>=240 && x<256 && y>=240 && y<256)? ($signed(x_wire))*(248-240)+($signed(y_wire))*(248-240)+240*240-248*248
: 0;

wire signed [16:0] z_sign = z0 + detz1 + detz2 + detz3;

assign z = (z_sign < 0)? 0 : z_sign[15:0];

endmodule